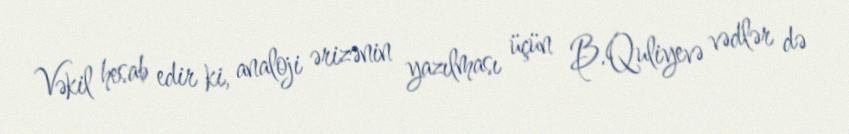
Vəkil hesab edir ki, analoji ərizənin yazılması üçün B.Quliyevə vədlər də